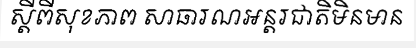
ស្តីពីសុខភាព សាធារណអន្តរជាតិមិនមាន